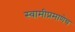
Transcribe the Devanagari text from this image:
स्वामीप्रमाणेच